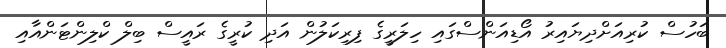
ބަހުސް ކުރިއަށްދިޔައިރު އޯޑިއަންސްގައި ހިލަރީގެ ފިރިކަލުން އަދި ކުރީގެ ރައީސް ބިލް ކްލިންޓަންއާއި